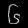
Digit: ၆